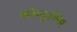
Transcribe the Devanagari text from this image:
कोच्चुण्णि